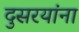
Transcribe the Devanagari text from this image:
दुसरयांना